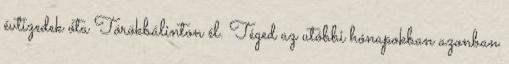
évtizedek óta Törökbálinton él. Téged az utóbbi hónapokban azonban